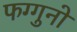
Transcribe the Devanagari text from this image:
फग्गुनो